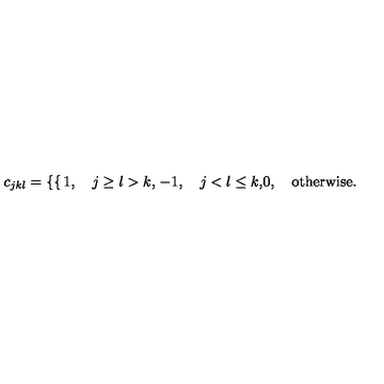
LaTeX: c _ { j k l } = \left\{ \begin{cases} { 1 , \quad j \ge l > k , } \\ { - 1 , \quad j < l \le k , } \\ { 0 , \quad \mathrm { o t h e r w i s e } . } \\ \end{cases} \right.